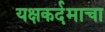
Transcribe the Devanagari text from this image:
यक्षकर्दमाचा